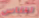
للناس